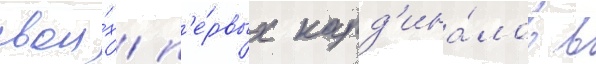
свои́х п'е́рвых кард'ина́лов в